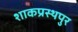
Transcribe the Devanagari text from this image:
शाकप्रस्थपुर